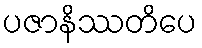
ပဇာနိဿတိပေ